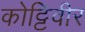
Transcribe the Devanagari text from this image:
कोट्टिवीर